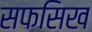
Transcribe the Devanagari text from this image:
सफसिख